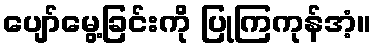
ပျော်မွေ့ခြင်းကို ပြုကြကုန်အံ့။